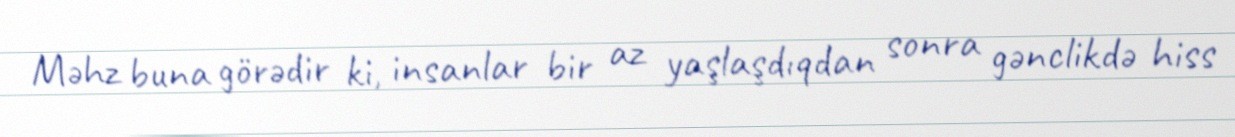
Məhz buna görədir ki, insanlar bir az yaşlaşdıqdan sonra gənclikdə hiss